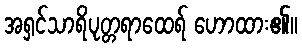
အရှင်သာရိပုတ္တရာထေရ် ဟောထား၏။